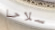
سلاحا